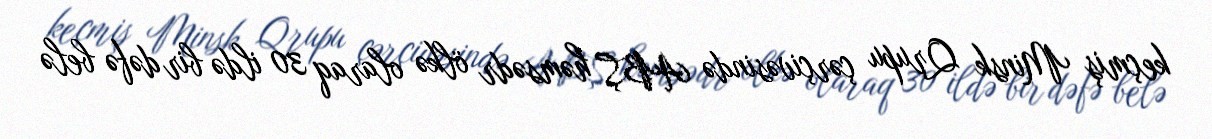
keçmiş Minsk Qrupu çərçivəsində ABŞ həmsədr ölkə olaraq 30 ildə bir dəfə belə